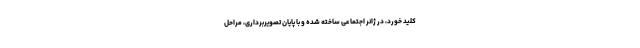
کلید خورد، در ژانر اجتماعی ساخته شده و با پایان تصویربرداری، مراحل